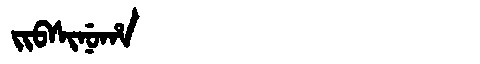
Manchu: ᠵᡳᠪᠰᡳᠨᡠᡥᠠ
Romanization: JIBSINUHA